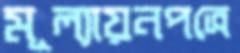
মূল্যায়নপত্রে